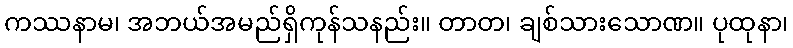
ကဿနာမ၊ အဘယ်အမည်ရှိကုန်သနည်း။ တာတ၊ ချစ်သားသောဏ။ ပုထုနာ၊